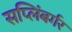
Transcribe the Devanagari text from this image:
सप्लिंबर्गर